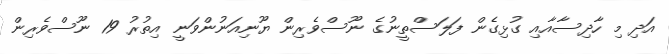
އަދި މި ހާދިސާއާއި ގުޅިގެން ފަލަސްތީނުގެ ނޫސްވެރިން ޔޫނިއަނުންވަނީ އިތުރު 19 ނޫސްވެރިން